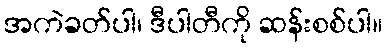
အကဲခတ်ပါ၊ ဒီပါတီကို ဆန်းစစ်ပါ။